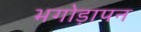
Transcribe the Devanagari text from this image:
भगोड़ापन